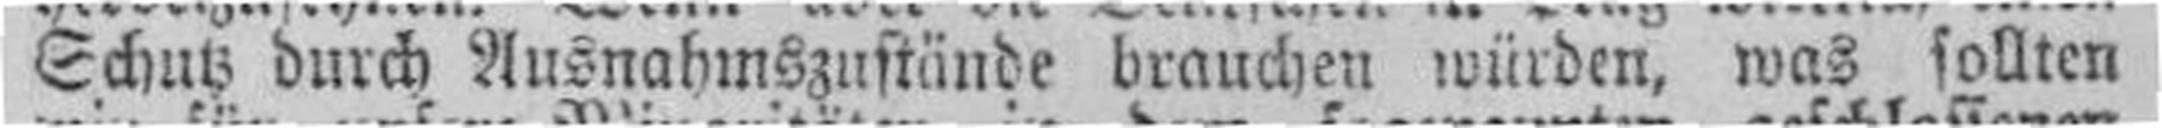
Schutz durch Ausnahmszustände brauchen würden, was sollten